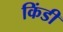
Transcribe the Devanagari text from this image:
किंडी